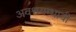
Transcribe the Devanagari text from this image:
अवश्वयम्भावी